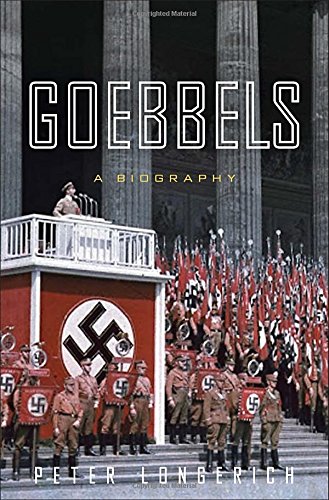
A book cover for Goebbels: A Biography; Peter Longerich; Biographies & Memoirs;